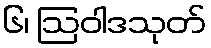
၆၊ ဩဝါဒသုတ်